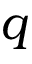
q